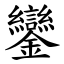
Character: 鑾